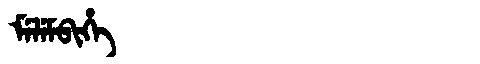
Manchu: ᠮᡝᠯᡝᠮᠪᡳᡥᡝ
Romanization: MELEMBIHE